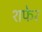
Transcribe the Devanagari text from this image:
शफेर